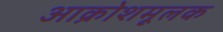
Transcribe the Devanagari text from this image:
आक्रोशमूलक